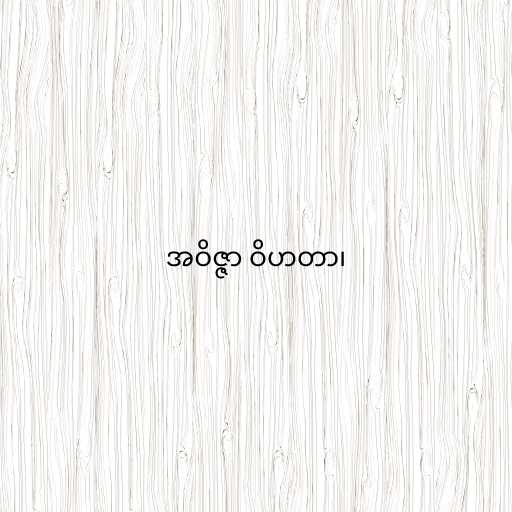
အဝိဇ္ဇာ ဝိဟတာ၊